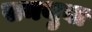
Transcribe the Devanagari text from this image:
समथुवा